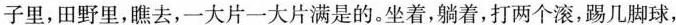
子里,田野里,瞧去,一大片一大片满是的。坐着,躺着,打两个滚,踢几脚球,